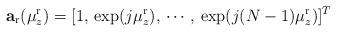
LaTeX: \begin{align*} \mathbf{a}_{\mathrm{r}}(\mu^{\mathrm{r}}_{z})=[1,\,\exp(j\mu^{\mathrm{r}}_{z}),\,\cdots,\,\exp(j(N-1)\mu^{\mathrm{r}}_{z})]^T\end{align*}